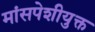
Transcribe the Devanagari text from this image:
मांसपेशीयुक्त